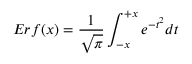
E r f ( x ) = \frac { 1 } { \sqrt { \pi } } \int _ { - x } ^ { + x } e ^ { - t ^ { 2 } } d t